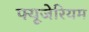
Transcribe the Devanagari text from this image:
फ्यूजेरियम